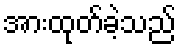
အားထုတ်ခဲ့သည်